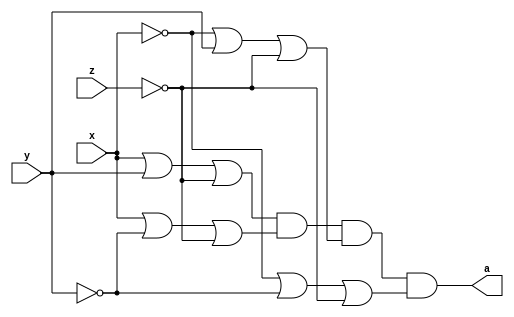

module A (output a, input x,y,z);

	assign a =  (x | y | ~z)  & (x| ~y| ~z) & (~x|y|~z)& (~x|~y|~z); 
  

endmodule



module B (output b, input x, y, z);

	assign b =  (x | y | z)  & (x| y| ~z) & (x|~y|z) & (~x|y|~z) & (~x|y|~z);

endmodule



module ValoresIniciais;

reg x, y, z, w;
wire a, b;

	A letraA (a, x, y, z);
	B letraB (b, x, y, z);

initial
begin : start

	x = 1'bx;
	y = 1'bx;
	z = 1'bx;
	w = 1'bx;

end

initial
begin : main

	$display("Exemplo - Larissa Gomes - 650525");
	$display("Expressoes booleanas");
	
	$display(" x  y  z =  a  b ");
$monitor("%2b %2b %2b = %2b %2b ", x, y, z, a, b);
		
	#1 x = 0; y = 0; z = 0;
	#1 x = 0; y = 0; z = 1;
	#1 x = 0; y = 1; z = 0;
	#1 x = 0; y = 1; z = 1;
	#1 x = 1; y = 0; z = 0;
	#1 x = 1; y = 0; z = 1;
	#1 x = 1; y = 1; z = 0;
	#1 x = 1; y = 1; z = 1;

end
endmodule